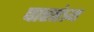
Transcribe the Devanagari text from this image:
पारतंत्र्य